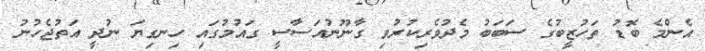
އެންމެ ބޮޑު ތަހުޒީބުގެ ސަބަބު މެދުވެރިކުރުވި ގާނޫނުއަސާސީ ގައުމުގައި ހިނގިޔަ ނުދީ އަތުޖެހުނު